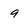
Character: 9